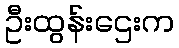
ဦးထွန်းဌေးက